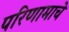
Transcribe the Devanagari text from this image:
परिणामाचे